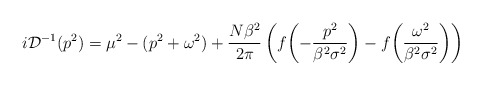
\begin{align*}i{\cal D}^{-1}(p^2) = \mu^2 - (p^2 + \omega^2) + \frac{N\beta^2}{2\pi}\left(f\biggl(-\frac{p^2}{\beta^2\sigma^2}\biggr) - f\biggl(\frac{\omega^2}{\beta^2\sigma^2}\biggr)\right)\end{align*}